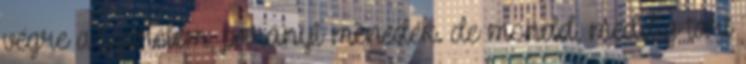
végre a szerelem, parányi menedék. de mondd, meddig tart